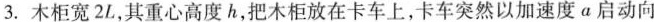
3.木柜宽2L，其重心高度h，把木柜放在卡车上，卡车突然以加速度a启动向